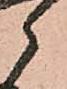
郎